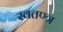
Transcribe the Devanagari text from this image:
स्वतण्त्र